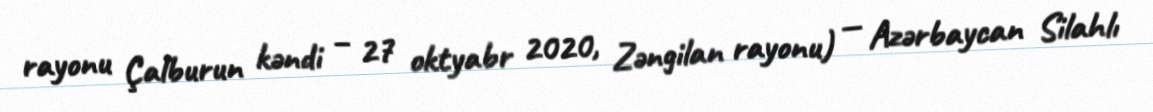
rayonu Çalburun kəndi – 27 oktyabr 2020, Zəngilan rayonu) — Azərbaycan Silahlı